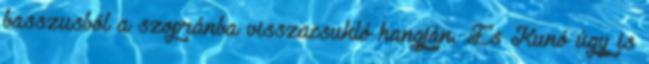
basszusból a szopránba visszacsukló hangján. És Kunó úgy is